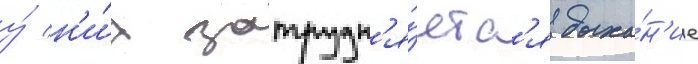
у́ н'и́х затрудн'я́етс'я дыха́н'ие